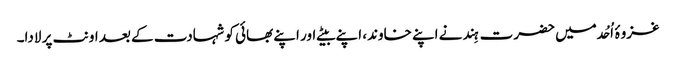
غزوۂ اُحُد میں حضرت ہِند نے اپنے خاوند، اپنے بیٹے اور اپنے بھائی کو شہادت کے بعد اونٹ پر لادا۔